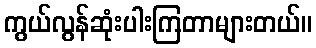
ကွယ်လွန်ဆုံးပါးကြတာများတယ်။